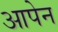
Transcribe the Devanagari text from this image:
आपेन